Ajaleht_Uus_Ilm, lk 12
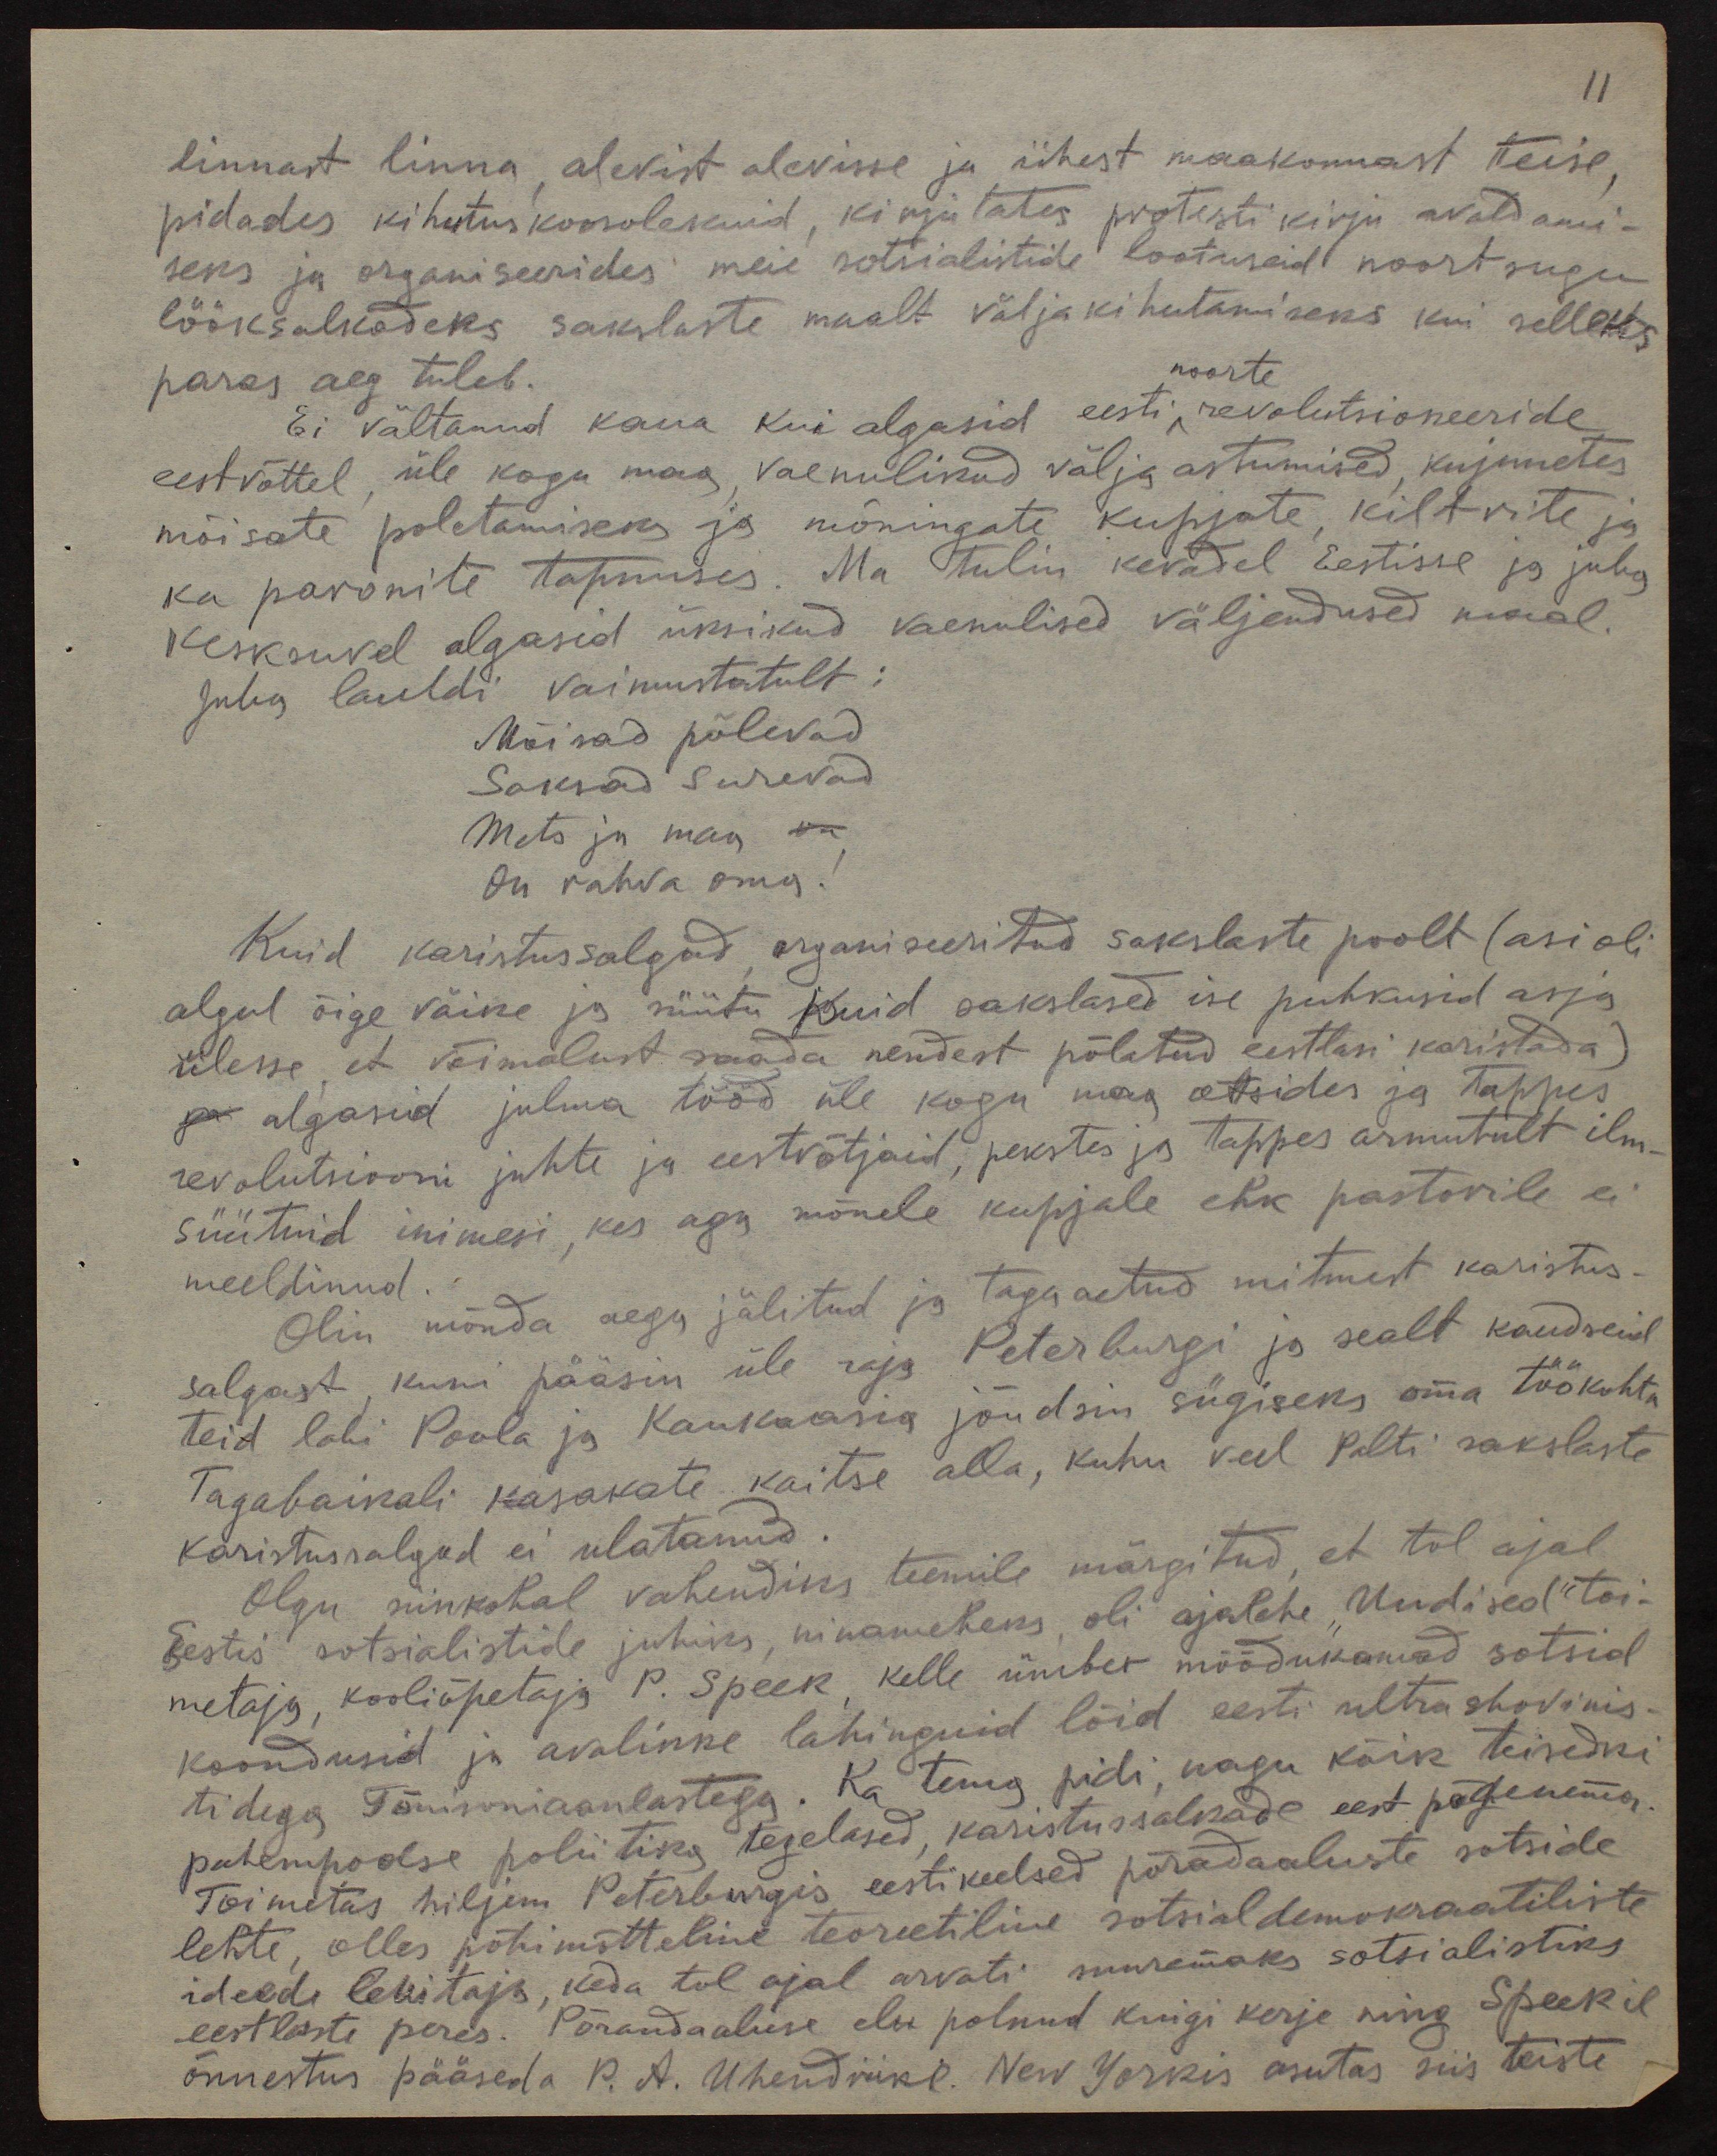
11

linnast linna, alevist alevisse ja ühest maakonnast teise,
pidades kihutuskoosolekuid, kirjutates protestikirju avaldami-
seks ja organiseerides meie sotsialistide lootuseid noort sugu
lööksalkadeks sakslaste maalt väljakihutamiseks kui selleks
paras aeg tuleb.
noorte
Ei vältanud kaua kui algasid eesti, revolutsioneeride
eestvõttel, üle kogu maa, vaenulikud välja astumised, kujunetes
mõisate põletamiseks ja mõningate kupjate, kiltrite ja
ka paronite tapmises. Ma tulin kevadel Eestisse ja juba
kesksuvel algasid üksikud vaenulised väljendused maal.
Juba lauldi vaimustatult:
Mõisad põlevad
Saksad surevad
Mets ju maa
On rahva oma!
Kuid karistussalgad organiseeritud sakslaste poolt (asi oli
algul õige väike ja süütu kuid sakslased ise puhkusid asja
ülesse, et võimalust saada nendest põlatud eestlasi karistada)
algasid julma tööd üle kogu maa otsides ja tappes
revolutsiooni juhte ja eestvõtjaid, pekstes ja tappes armutult ilm
süütuid inimesi, kes aga mõnele kupjale ehk pastorile ei
meeldinud.
Olin mõnda aega jälitud ja taga aetud mitmest karistus-
salgast kuni pääsin üle raja Peterburgi ja sealt kaudseid
teid labi Poola ja Kaukaasia jõudsin sügiseks oma töökohta
Tagabaikali kasakate kaitse alla, kuhu veel Palti sakslaste
karistussalgad ei ulatanud.
Olgu siinkohal vahendiks teemile märgitud, et tol ajal
Eestis sotsialistide juhiks, ninameheks, oli ajalehe "Uudised" toi-
metaja, kooliõpetaja P. Speek, kelle ümber mõõdukamad sotsid
koondusid ja avalikke lahinguid lõid eesti ultrashovinis-
tidega Tõnisoniaanlastega. Ka tema pidi, nagu kõik teisedki
pahlempoolse poliitika tegelased, karistussalkade eest põgenema.
Toimetas hiljem Peterburgis eestikeelsed põradaaluste sotside
lehte, olles põhimõtteline teoreetiline sotsialdemokraatiliste
ideede levitaja, keda tol ajal arvati suuremaks sotsialistiks
eestlaste peres. Põrandaaluse elu polnud kuigi kerje ning Speekil
õnnestus pääseda P. A. Ühendriiki. New Yorkis asutas siis teiste